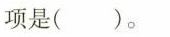
项是()。